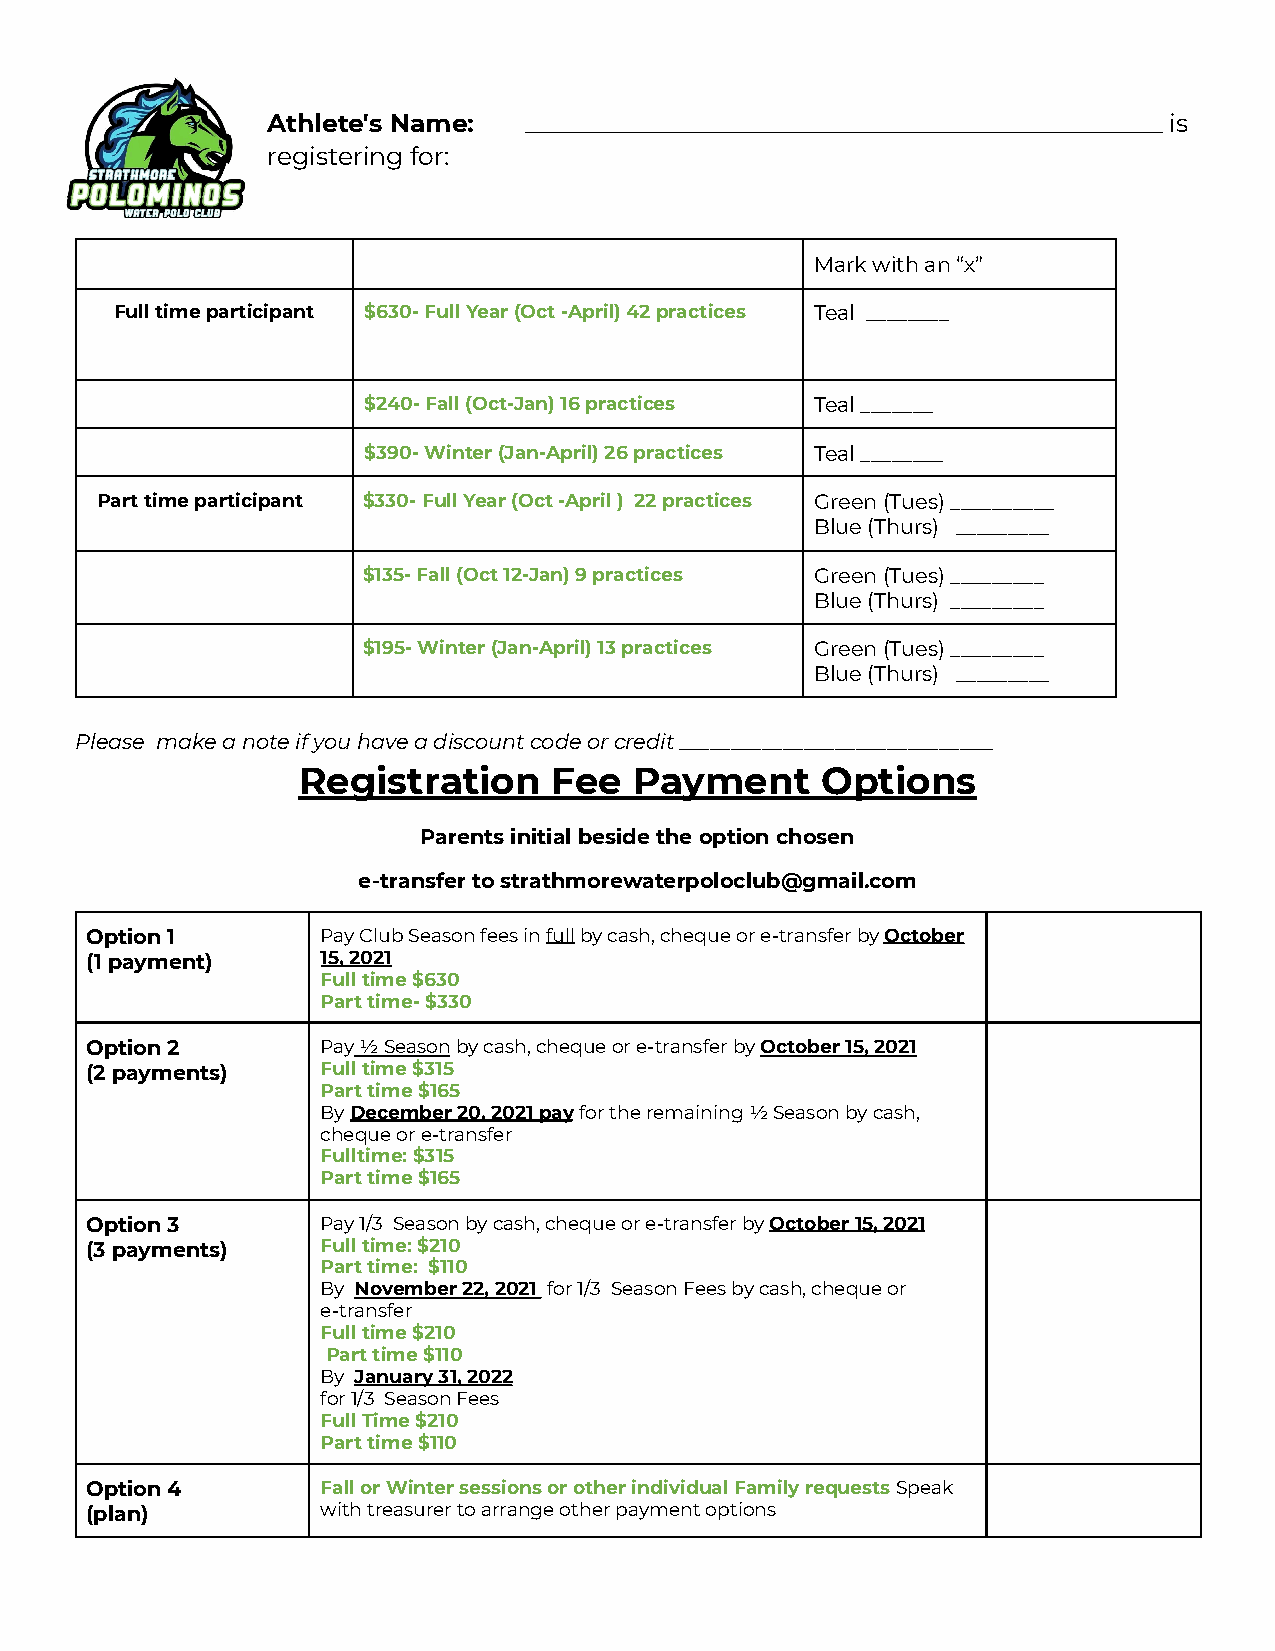
Athlete's Name:  ___________________________________________________ is
 registering for:
 Mark with an “x”
 Full time participant $630- Full Year (Oct -April) 42 practices Teal ________
 $240- Fall (Oct-Jan) 16 practices Teal _______
 $390- Winter (Jan-April) 26 practices Teal ________
 Part time participant $330- Full Year (Oct -April ) 22 practices Green (Tues) __________
 Blue (Thurs) _________
 $135- Fall (Oct 12-Jan) 9 practices Green (Tues) _________
 Blue (Thurs) _________
 $195- Winter (Jan-April) 13 practices Green (Tues) _________
 Blue (Thurs) _________
 Please make a note if you have a discount code or credit ______________________________
 Registration     Fee  Payment     Options
 Parents initial beside the option chosen
 e-transfer to strathmorewaterpoloclub@gmail.com
 Option 1       Pay Club Season fees infullby cash, cheque or e-transferbyOctober
 (1 payment)    15, 2021
 Full time $630
 Part time- $330
 Option 2       Pay½ Seasonby cash, cheque or e-transfer byOctober15, 2021
 (2 payments)   Full time $315
 Part time $165
 ByDecember 20, 2021 payfor the remaining ½ Seasonby cash,
 cheque or e-transfer
 Fulltime: $315
 Part time $165
 Option 3       Pay 1/3 Season by cash, cheque or e-transfer byOctober15, 2021
 (3 payments)   Full time: $210
 Part time: $110
 By November 22, 2021 for 1/3 Season Fees by cash,cheque or
 e-transfer
 Full time $210
 Part time $110
 By January 31, 2022
 for 1/3 Season Fees
 Full Time $210
 Part time $110
 Option 4       Fall or Winter sessions or other individual Family requestsSpeak
 (plan)         with treasurer to arrange other payment options